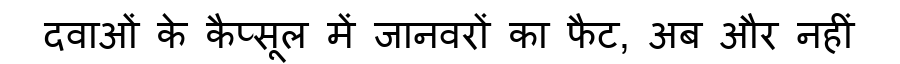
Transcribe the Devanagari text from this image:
दवाओं के कैप्सूल में जानवरों का फैट, अब और नहीं